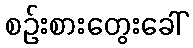
စဉ်းစားတွေးခေါ်